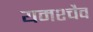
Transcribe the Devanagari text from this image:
यमश्चैव